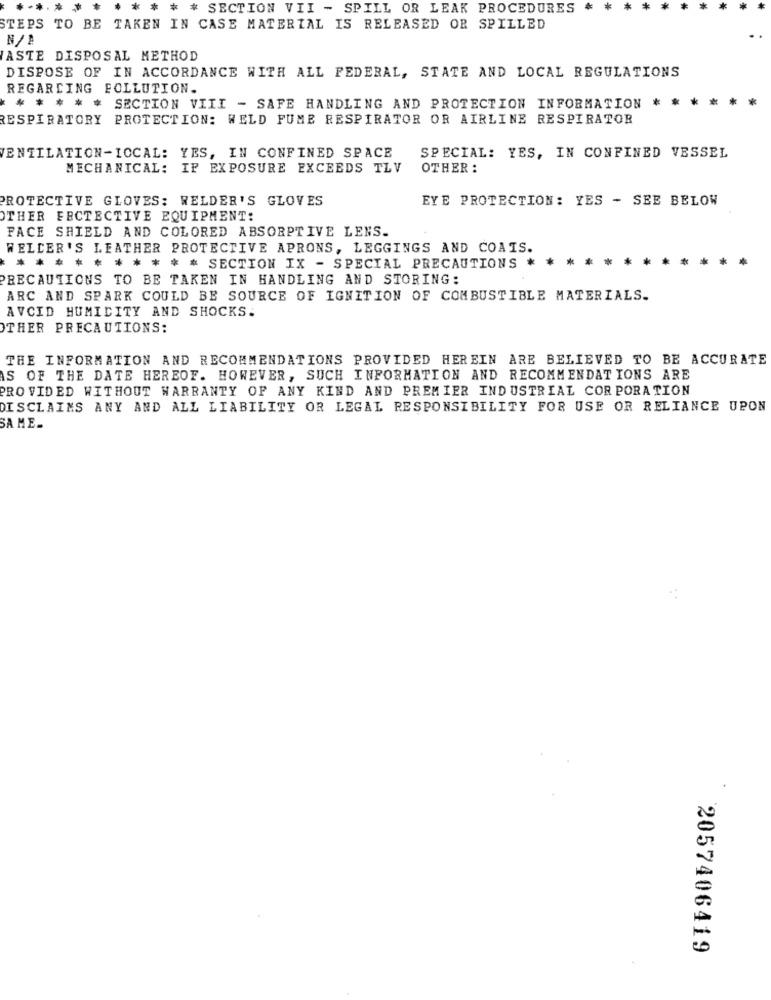
* * * SECTION VII - SPILL OR LEAK PROCEDURES
STEPS TO BE TAKEN IN CASE MATERIAL IS RELEASED OR SPILLED
WASTE DISPOSAL METHOD
DISPOSE OF IN ACCORDANCE WITH ALL FEDERAL, STATE AND LOCAL REGULATIONS
REGARDING POLLUTION.
* * * * * SECTION VIII - SAFE HANDLING AND PROTECTION INFORMATION
RESPIRATORY PROTECTION: WELD FUME RESPIRATOR OR AIRLINE RESPIRATOR
ENTILATION-LOCAL: YES, IN CONFINED SPACE
SPECIAL: YES, IN CONFINED VESSEL
MECHANICAL: IP EXPOSURE EXCEEDS TLV
OTHER :
PROTECTIVE GLOVES: WELDER'S GLOVES
EYE PROTECTION: YES - SEE BELOW
OTHER FECTECTIVE EQUIPMENT:
FACE SHIELD AND COLORED ABSORPTIVE LENS.
WELDER'S LEATHER PROTECTIVE APRONS, LEGGINGS AND COAIS.
* *
* * SECTION IX - SPECIAL PRECAUTIONS * * **
RECAUTIONS TO BE TAKEN IN HANDLING AND STORING:
ARC AND SPARK COULD BE SOURCE OF IGNITION OF COMBUSTIBLE MATERIALS.
AVCID HUMIDITY AND SHOCKS.
OTHER PRECAUTIONS:
THE INFORMATION AND RECOMMENDATIONS PROVIDED HEREIN ARE BELIEVED TO BE ACCURATE
AS OF THE DATE HEREOF. HOWEVER, SUCH INFORMATION AND RECOMMENDATIONS ARE
PROVIDED WITHOUT WARRANTY OF ANY KIND AND PREMIER INDUSTRIAL CORPORATION
DISCLAIMS ANY AND ALL LIABILITY OR LEGAL RESPONSIBILITY FOR USE OR RELIANCE UPON
SA ME-
2057406419